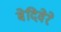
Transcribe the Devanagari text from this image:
बेदिवेरे